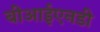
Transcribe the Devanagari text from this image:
बीआईएनडी